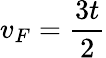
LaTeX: v_{F}=\frac{3t}{2}